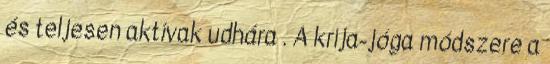
és teljesen aktívak udhára . A krija-jóga módszere a